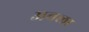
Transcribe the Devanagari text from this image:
अवला